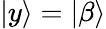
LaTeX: |y\rangle=|\beta\rangle